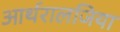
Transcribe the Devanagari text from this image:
आर्थरालजिया